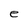
Character: e